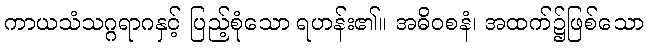
ကာယသံသဂ္ဂရာဂနှင့် ပြည့်စုံသော ရဟန်း၏။ အဓိဝစနံ၊ အထက်၌ဖြစ်သော